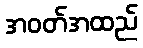
အဝတ်အထည်